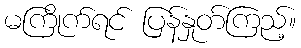
မကြိုက်ရင် ပြန်နှုတ်ကြည့်။